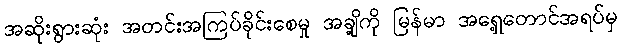
အဆိုးရွားဆုံး အတင်းအကြပ်ခိုင်းစေမှု အချို့ကို မြန်မာ အရှေ့တောင်အရပ်မှ